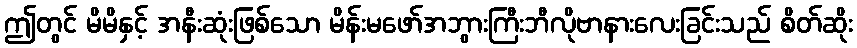
ဤတွင် မိမိနှင့် အနီးဆုံးဖြစ်သော မိန်းမဖော်အဘွားကြီးဘီလိုဗာနားလေးခြင်းသည် စိတ်ဆိုး